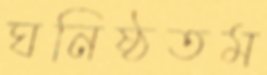
ঘনিষ্ঠতম